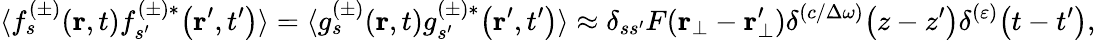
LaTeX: \langle f_{s}^{(\pm)}\! \left(\textbf{r},t\right)f_{s^{\prime}}^{(\pm)*}\! \left(\textbf{r}^{\prime},t^{\prime}\right)\rangle=\langle g_{s}^{(\pm)}\! \left(\textbf{r},t\right)g_{s^{\prime}}^{(\pm)*}\! \left(\textbf{r}^{\prime},t^{\prime}\right)\rangle\approx\delta_{ss^{\prime}}F(\textbf{r}_{\bot}-\textbf{r}_{\bot}^{\prime})\delta^{(c/\Delta\omega)}\! \left(z-z^{\prime}\right)\delta^{(\varepsilon)}\! \left(t-t^{\prime}\right),